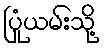
ပြုံယမ်းသို့